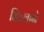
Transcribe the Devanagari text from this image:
भिल्लाने